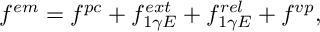
f ^ { e m } = f ^ { p c } + f _ { 1 \gamma E } ^ { e x t } + f _ { 1 \gamma E } ^ { r e l } + f ^ { v p } ,